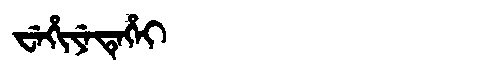
Manchu: ᠸᡝᡥᡳᠶᡝᡨᡝᡥᡝᡳ
Romanization: WEHIYETEHEI